65_HS1-834228961_62-HQ-83894_Section_3
Agency: FBI
Page 28
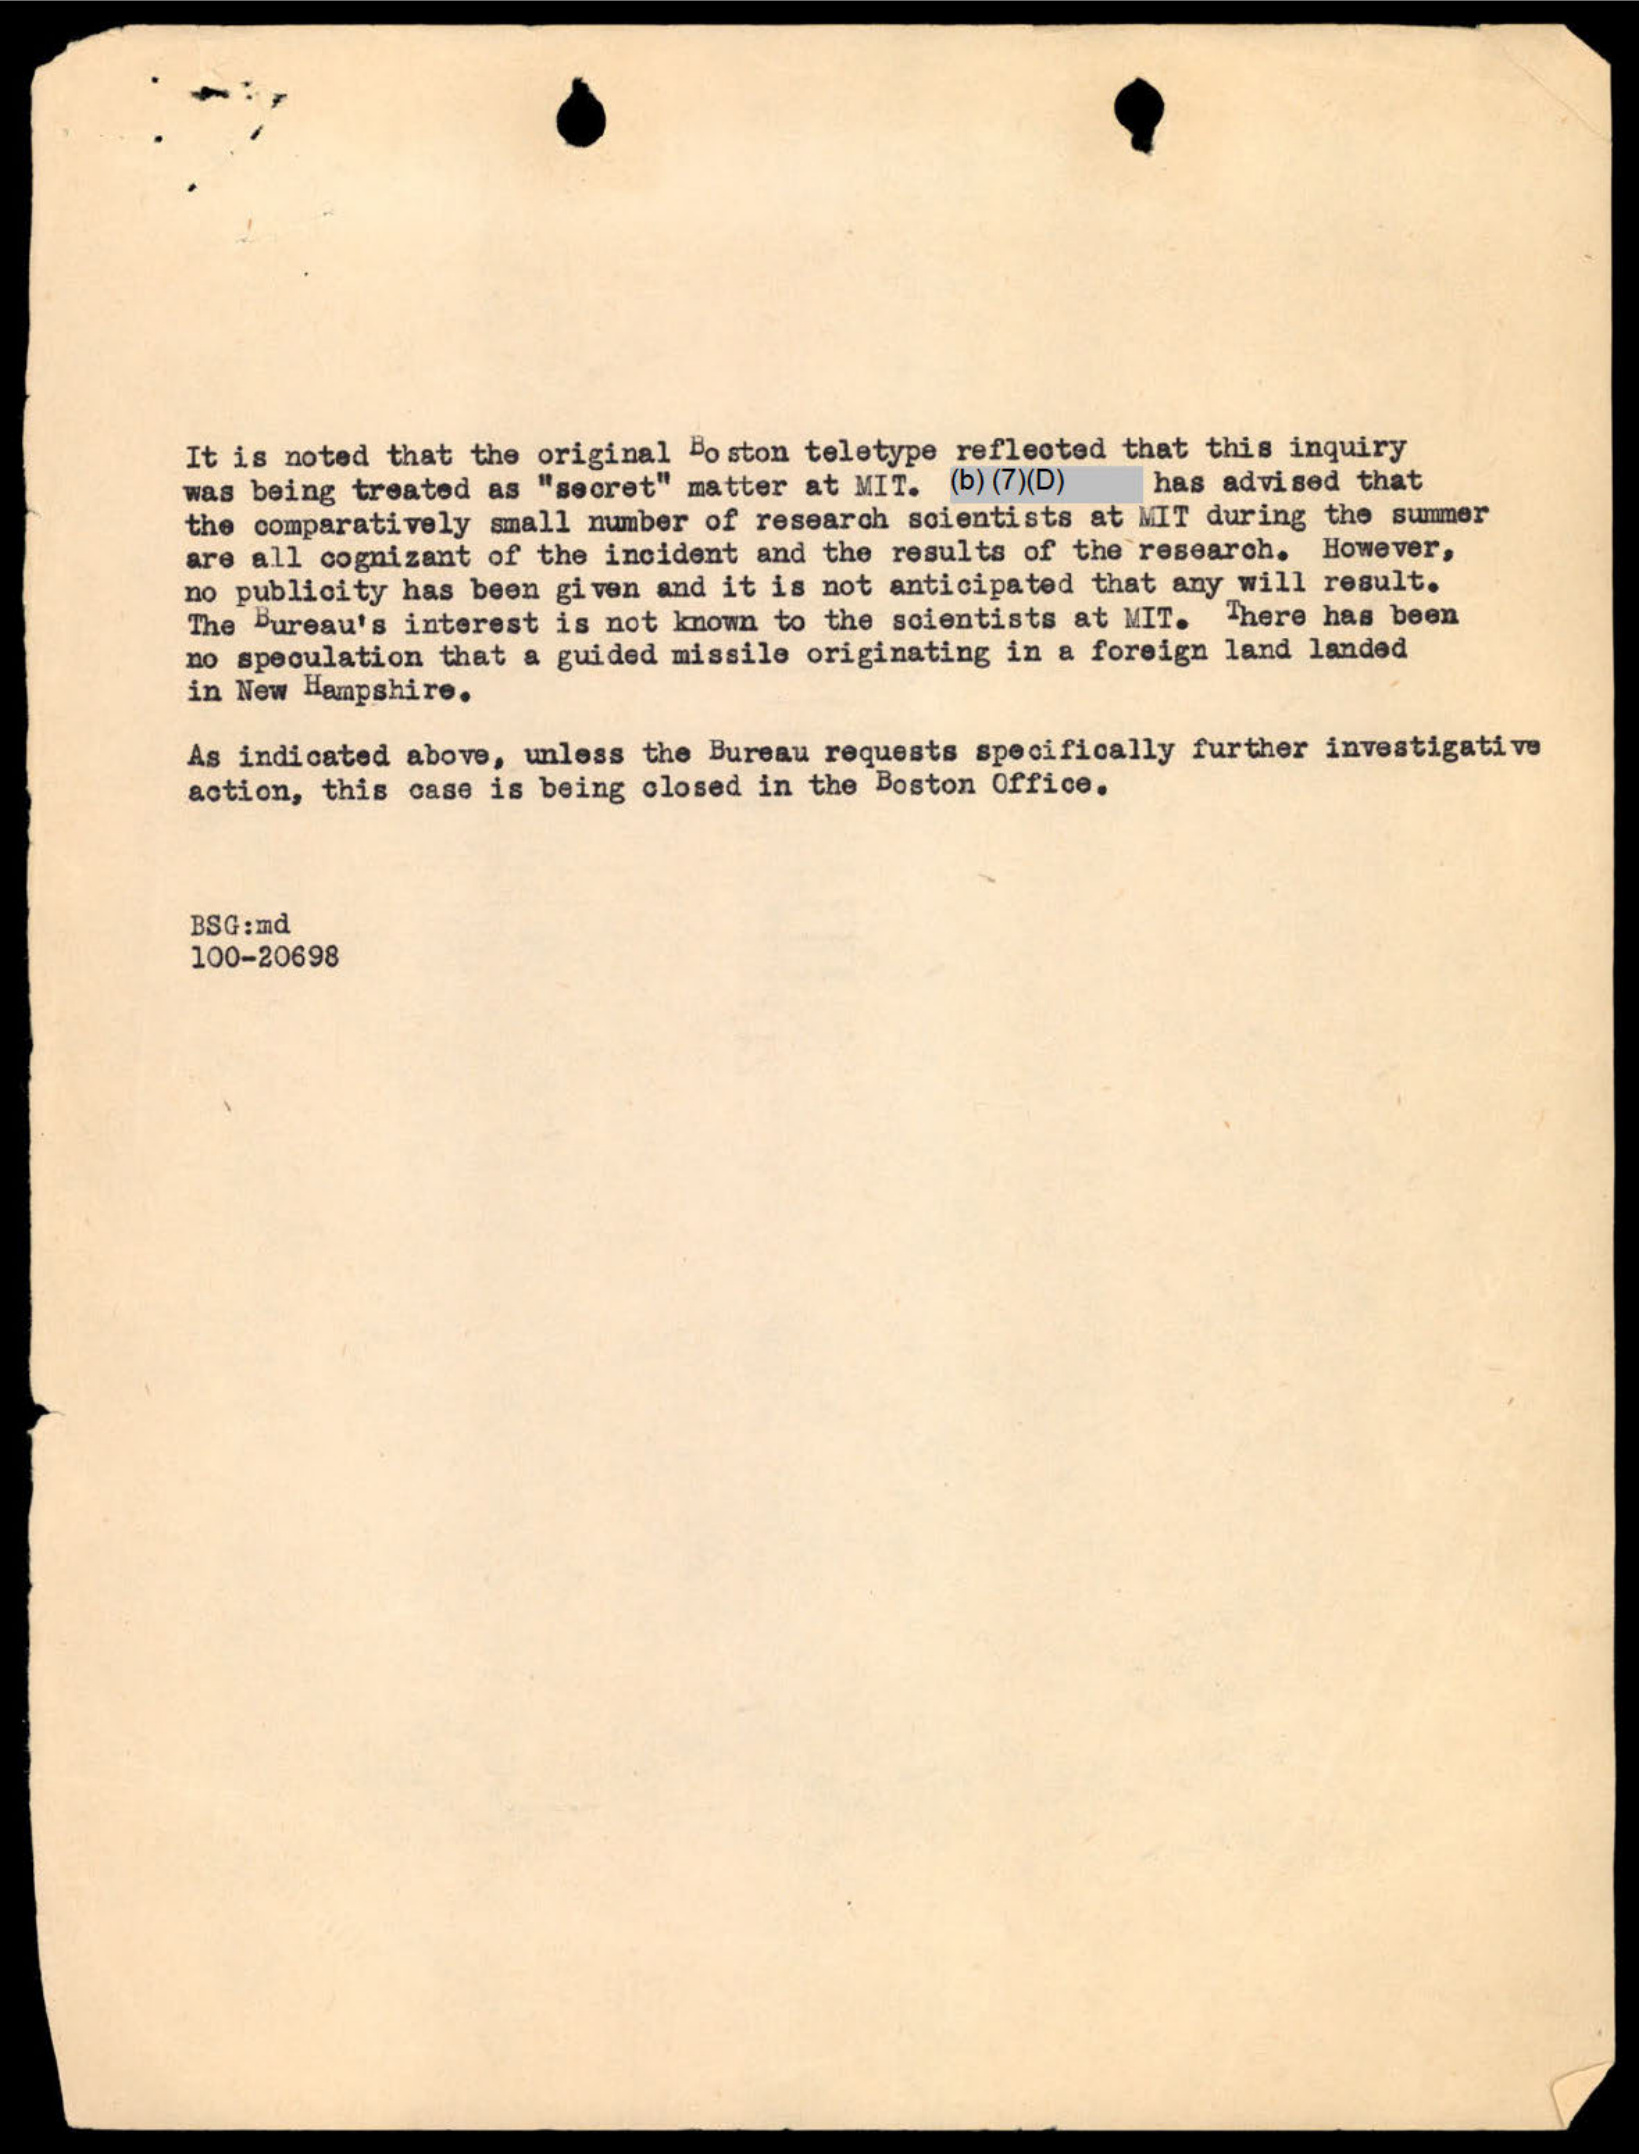